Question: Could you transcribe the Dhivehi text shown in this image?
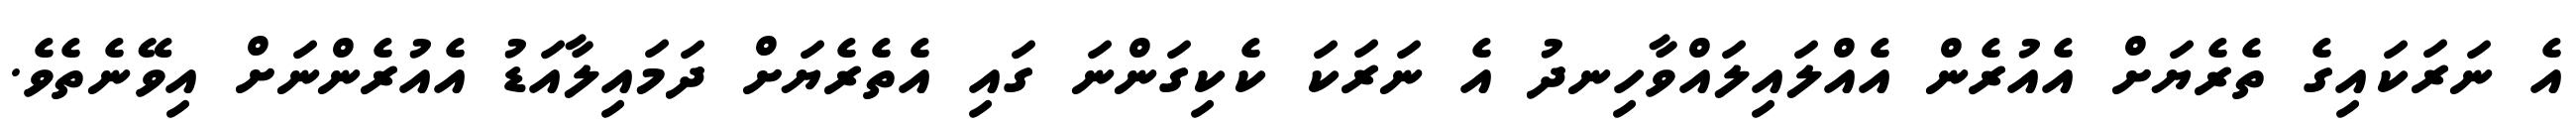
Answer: އެ ނަރަކައިގެ ތެރެޔަށް އެއުރެން އެއްލައިލައްވާހިނދު އެ ނަރަކަ ކެކިގަންނަ ގައި އެތެރެޔަށް ދަމައިލާއަޑު އެއުރެންނަށް އިވޭނެތެވެ.